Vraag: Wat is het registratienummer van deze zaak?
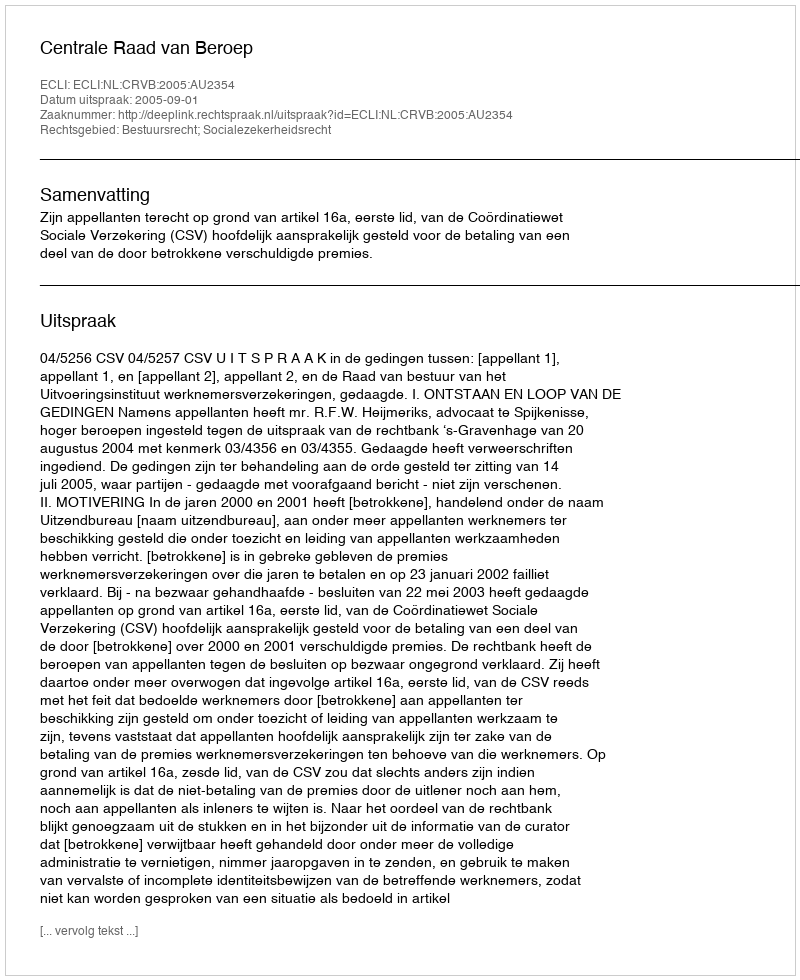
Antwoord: http://deeplink.rechtspraak.nl/uitspraak?id=ECLI:NL:CRVB:2005:AU2354